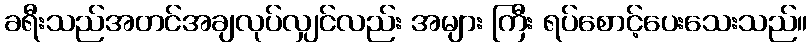
ခရီးသည်အတင်အချလုပ်လျှင်လည်း အများ ကြီး ရပ်စောင့်ပေးသေးသည်။